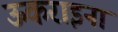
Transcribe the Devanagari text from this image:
ऊकराइना